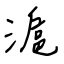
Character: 滬